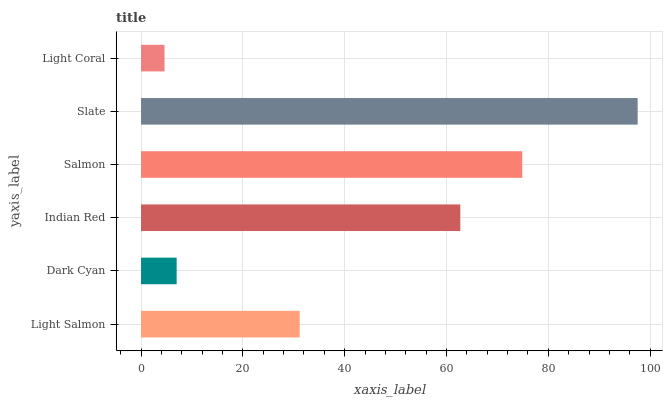
| yaxis_label | bars |
 | --- | --- |
 | Light Salmon | 31.2 |
 | Dark Cyan | 7 |
 | Indian Red | 62.7 |
 | Salmon | 74.9 |
 | Slate | 97.6 |
 | Light Coral | 4.62 |